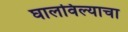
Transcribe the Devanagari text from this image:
घालविल्याचा